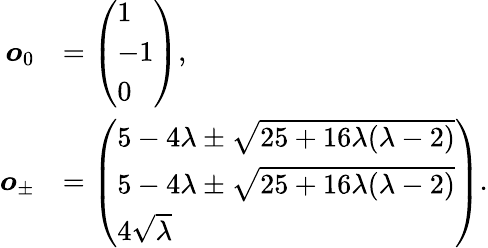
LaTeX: \begin{array}{rl}{\boldsymbol{o}_{0}}&{=\left(\begin{array}{l}{1}\\ {-1}\\ {0}\end{array}\right),}\\ {\boldsymbol{o}_{\pm}}&{=\left(\begin{array}{l}{5-4\lambda\pm\sqrt{25+16\lambda(\lambda-2)}}\\ {5-4\lambda\pm\sqrt{25+16\lambda(\lambda-2)}}\\ {4\sqrt{\lambda}}\end{array}\right).}\end{array}